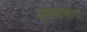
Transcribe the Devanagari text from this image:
समुझायो